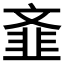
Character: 𲊦